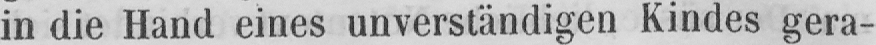
in die Hand eines unverständigen Kindes gera-